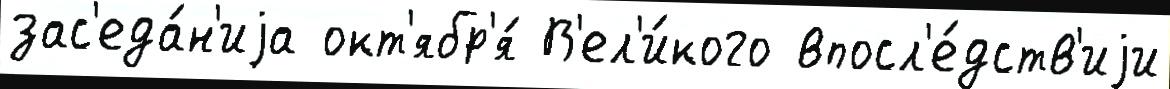
зас'еда́н'иjа окт'ябр'я́ В'ел'и́кого впосл'е́дств'иjи